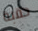
حقبة